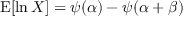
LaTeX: \operatorname { E } [ \ln X ] = \psi ( \alpha ) - \psi ( \alpha + \beta )